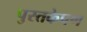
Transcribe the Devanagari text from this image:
पुस्तकेपण